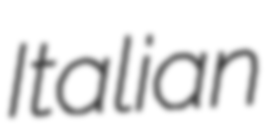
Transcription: Italian